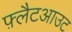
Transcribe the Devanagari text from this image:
फ़्लैटआउट